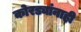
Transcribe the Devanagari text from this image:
कोरड्यांनाही